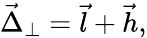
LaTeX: \vec{\Delta}_{\perp}=\vec{l}+\vec{h},